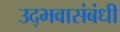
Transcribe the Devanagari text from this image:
उद्भवासंबंधी